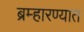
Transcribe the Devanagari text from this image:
ब्रम्हारण्यात